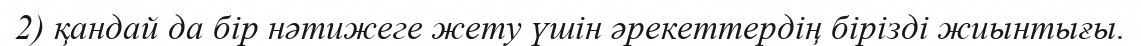
2) қандай да бір нәтижеге жету үшін әрекеттердің бірізді жиынтығы.